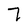
Character: 7